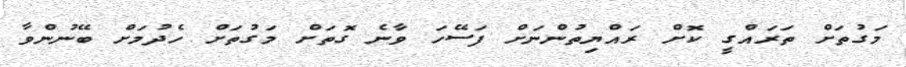
މަގުތަށް ތަރައްގީ ކޮށް ރައްޔިތުންނަށް ފަސޭހަ ވާނެ ގޮތަަށް މަގުތަށް ހެދުމަށް ބޭނުންވާ